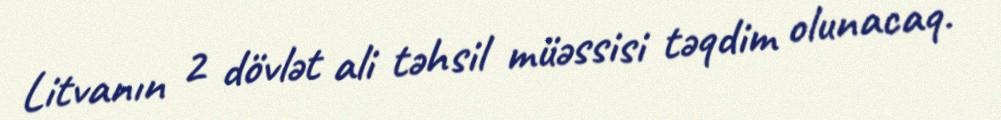
Litvanın 2 dövlət ali təhsil müəssisi təqdim olunacaq.